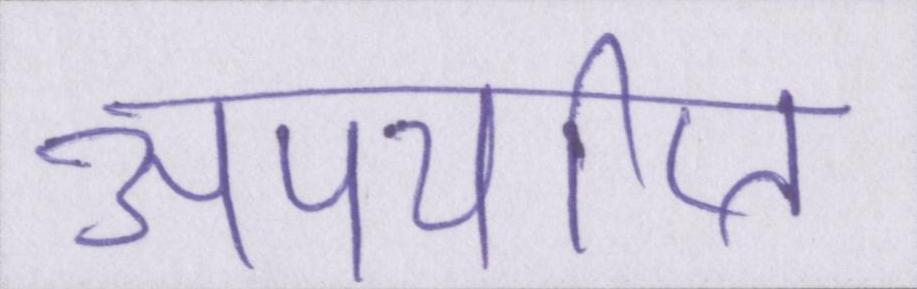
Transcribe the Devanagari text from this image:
अपर्याप्त